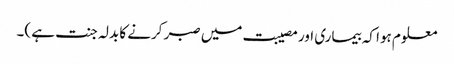
معلوم ہوا کہ بیماری اور مصیبت میں صبر کرنے کا بدلہ جنت ہے )۔